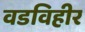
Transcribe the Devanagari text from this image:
वडविहीर